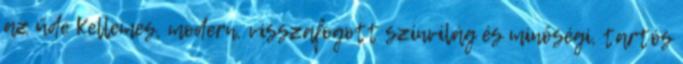
az üde Kellemes, modern, visszafogott színvilág és minőségi, tartós